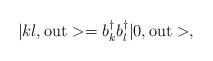
LaTeX: \begin{align*}| kl, {\rm out} > = b_k^{\dagger} b_l^{\dagger} | 0, {\rm out} >,\end{align*}